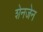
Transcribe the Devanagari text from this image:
शेनजेन